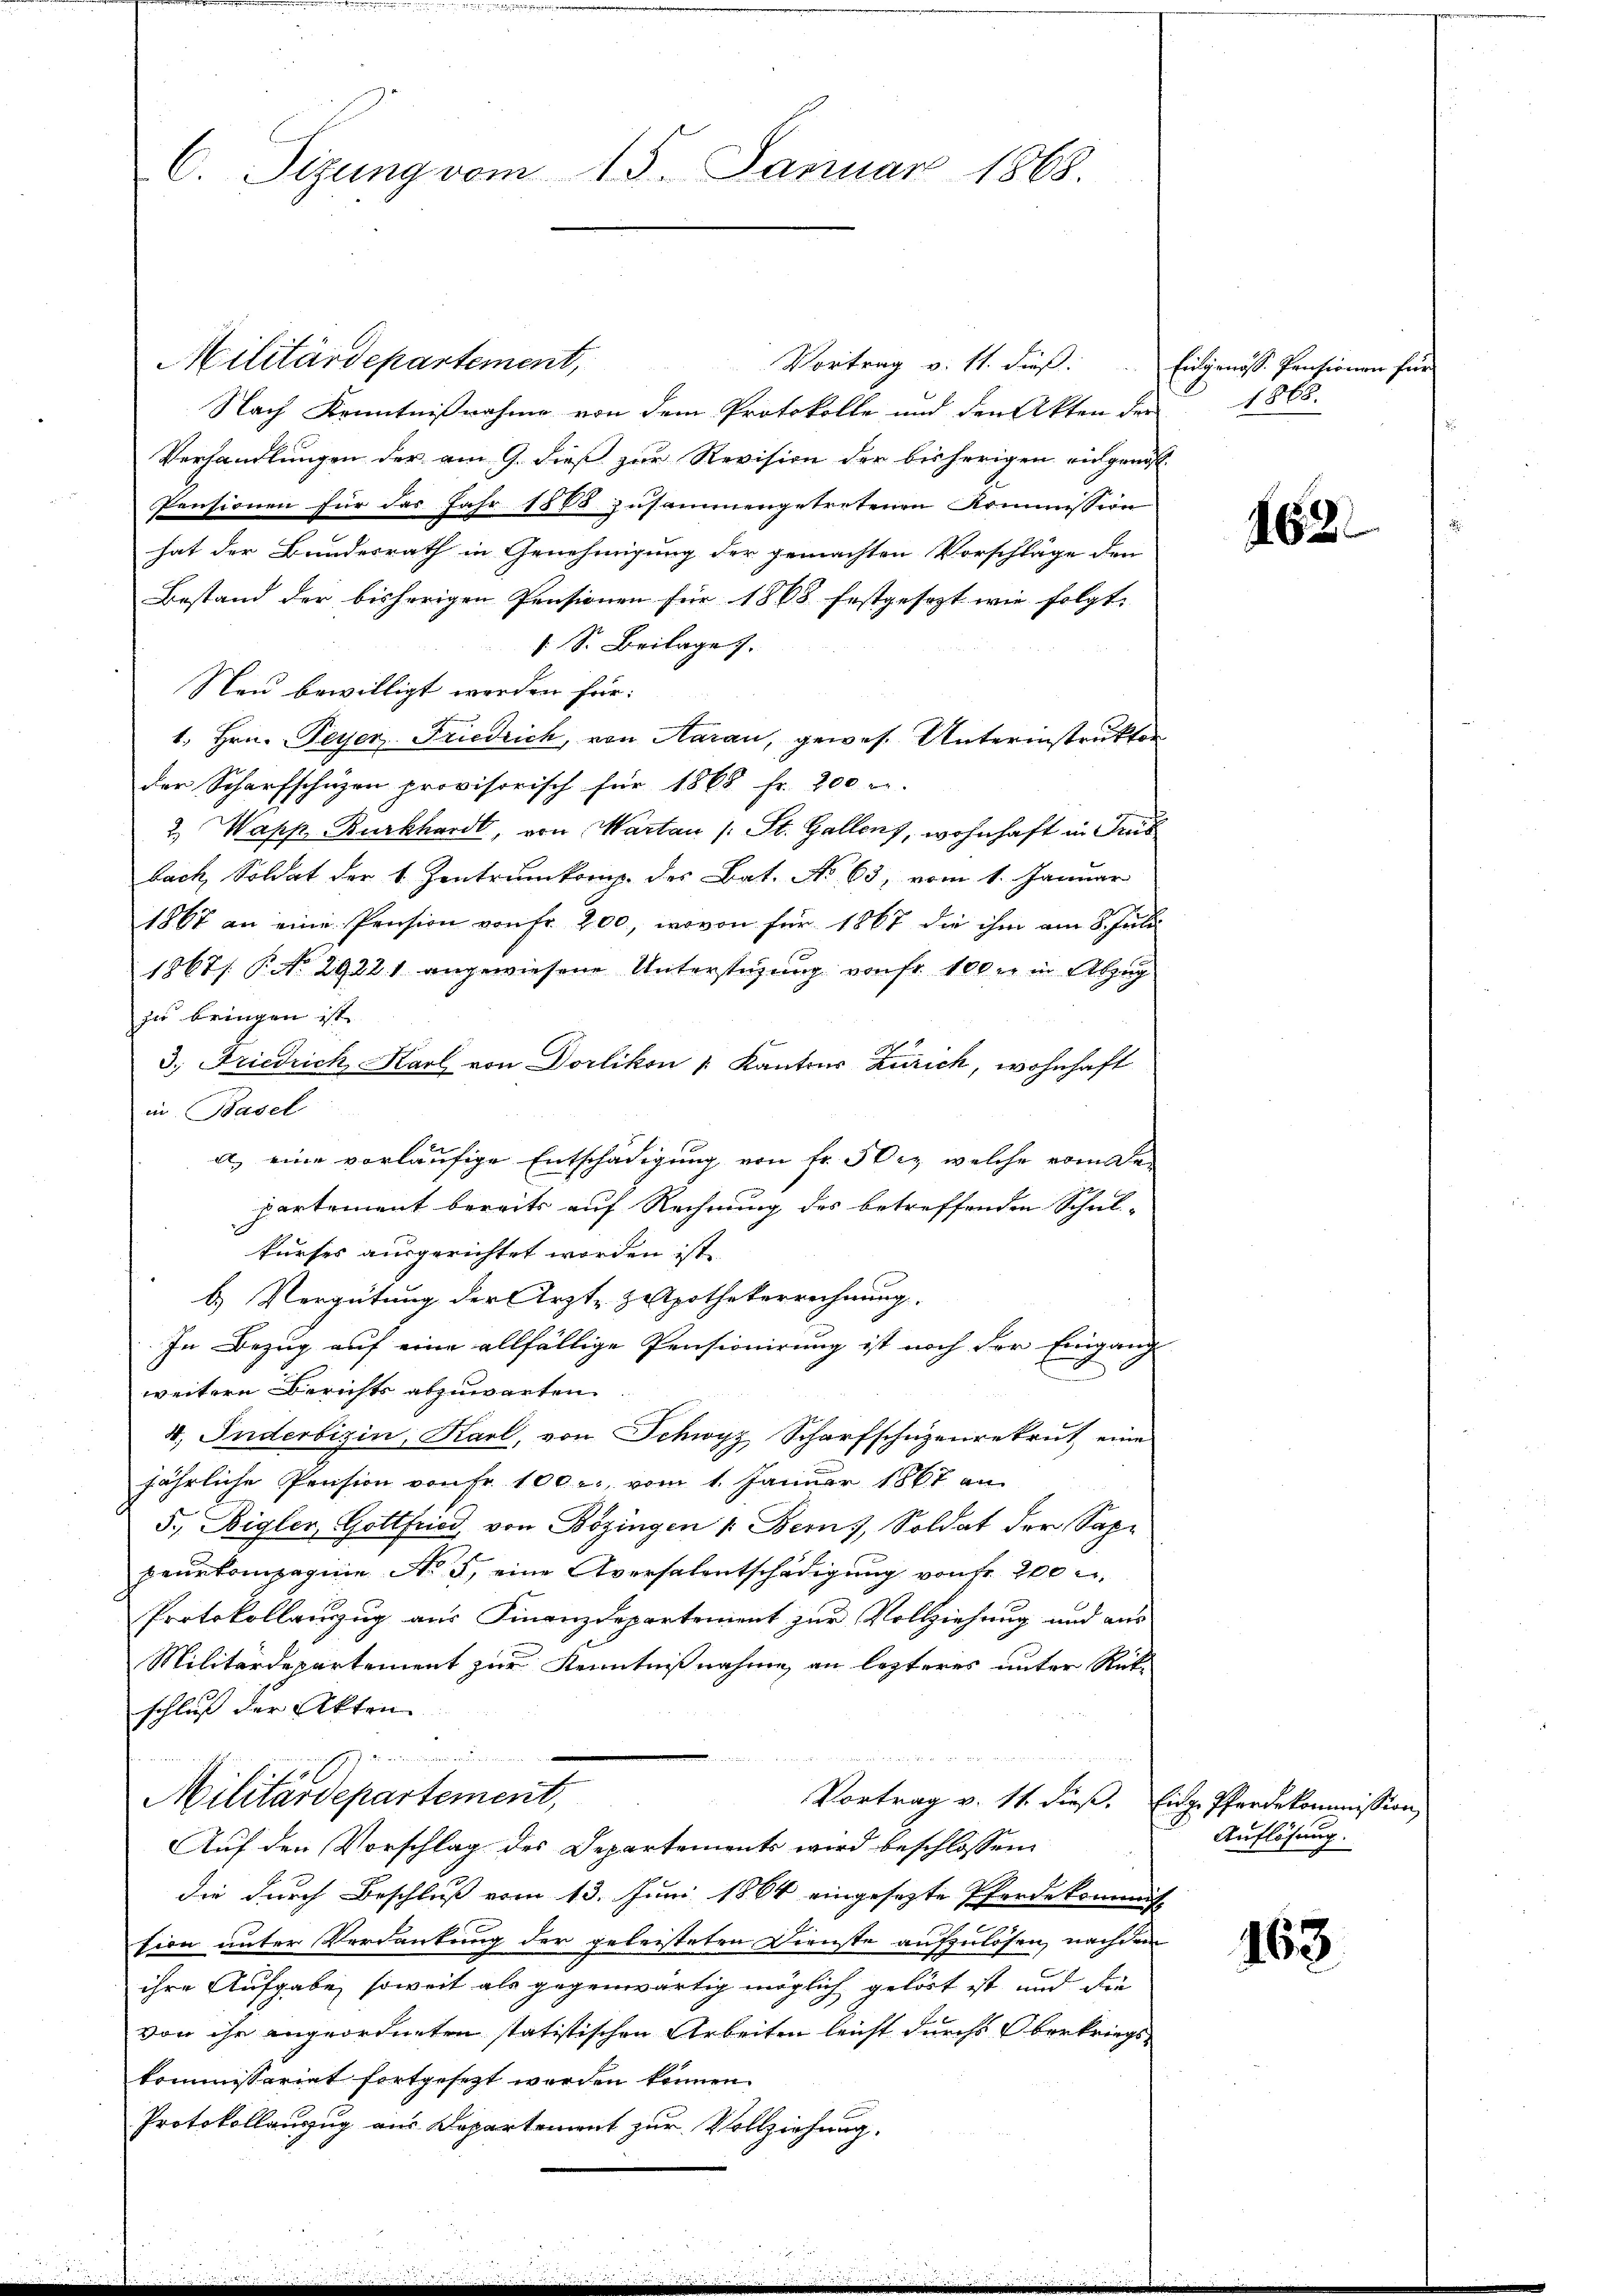
C. Sizung vom 15. Januar 1868.

Militärdepartement,
Vortrag v. 11. dieß. Eidgenöss. Pensionen für
Nach Kenntnißnahme von dem Protokolle und den Akten der
Verhandlungen der am 9. dieß zur Revision der bisherigen eingenos-
Pensionen für das Jahr 1883 zusammengetretenen Kommission
hat der Bundesrath in Genehmigung der gemachten Vorschläge den
Bestand der bisherigen Pensionen für 1868 festgesezt wie folgt.
s. S. Beilage
Neu bewilligt werden für:
1. Hrn. Peyer-Friedrich, von Aarau, gewes. Unterinstrukten
der Scharfschuzen provisorisch für 1868 Fr. 200 u.
2.) Wapp-Burkhardt, von Martau (: St. Gallens, wohnhaft in Grus
bach, Soldat der 1. Zentrumkomp. des Bat. No 65, vom 1. Januar
1867 an eine Pension von Fr. 200, wovon für 1867 die ihm am 8. Julii
1867/ P. No 29221 angewiesene Unterstüzung von Fr. 100 er in Abzug
zu bringen ist.
3. Friedrich, Karl von Dorlikon " Kantons Zürich, wohnhaft
in Basel
a) eine vorläufige Entschädigung von fr. 30kr. welche vom De-
partement bereits auf Rechnung des betreffenden Schul-
kurses ausgerichtet worden ist.
b.) Vergütung der Arzt- Zatpothekerrechnung.
In Bezug auf eine allfällige Pensionirung ist noch der Eingang
weitere Berichts abzuwarten.
4. Inderbisin, Karl, von Schwyz Scharfschüzenrekrut eine
jährliche Pension von Fr. 100 r. vom 1. Januar 1867 an
5., Bigler, Gottfried, von Bozingen 1. Bern, Soldat der Sapr
peuetompagnie No 5, eine Aversalentschädigung von fr. 200
Protokollanzug aus Finanzdepartement zur Vollziehung und aus
Militärdepartement zur Kenntnißnahme an lezteres unter Rück-
schluß der Akten
C. J. die Gemeindernommen worin einer
u
Militärdepartement,
Vortrag v. 11. dieß. Eidg. Pferdekommission
Auf den Vorschlag des Departements wird beschlossen:
die durch Beschluß vom 13. Juni 1864 eingesezte Pferdekommis-
tion unter Verdankung der geleisteten Dienste aufzulösen, nachdem
ihre Aufgabe, soweit als gegenwärtig möglich gelöst ist und die
von ihr angeordneten statistischen Arbeiten leicht durchs Oberkriegs-
kommissariat fortgesezt werden können.
Protokollanzug aus Departement zur Vollziehung.

1868.

162.

Auflösung.

163.